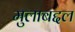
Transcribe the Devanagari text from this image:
मुलाबद्दल